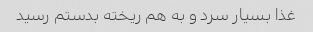
غذا بسیار سرد و به هم ریخته بدستم رسید